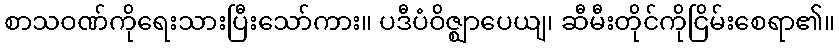
စာသဝဏ်ကိုရေးသားပြီးသော်ကား။ ပဒီပံဝိဇ္ဈာပေယျ၊ ဆီမီးတိုင်ကိုငြိမ်းစေရာ၏။